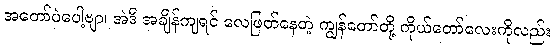
အတော်ပဲပေါ့ဗျာ၊ အဲဒီ အချိန်ကျရင် လေဖြတ်နေတဲ့ ကျွန်တော်တို့ ကိုယ်တော်လေးကိုလည်း